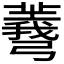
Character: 𢐱